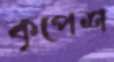
কৃপেশ